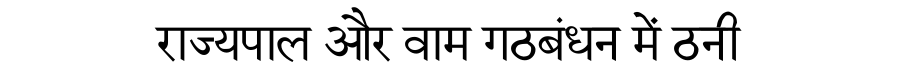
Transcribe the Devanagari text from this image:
राज्यपाल और वाम गठबंधन में ठनी